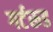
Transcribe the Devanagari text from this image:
गर्टरूड